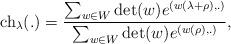
LaTeX: \begin{align*}\mbox{ch}_\lambda(.)=\frac{\sum_{w\in W}\det(w)e^{(w(\lambda+\rho),.)}}{\sum_{w\in W}\det(w)e^{(w(\rho),.)}},\end{align*}